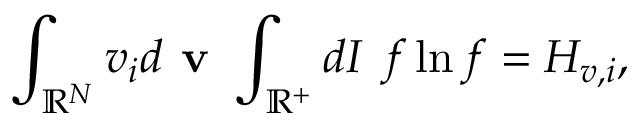
\int _ { \mathbb { R } ^ { N } } v _ { i } d \textbf { v } \int _ { \mathbb { R } ^ { + } } d I \ f \ln f = H _ { v , i } ,